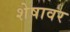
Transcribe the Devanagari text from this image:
शेषावर